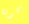
كوننا